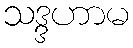
သဒ္ဒဟာမ